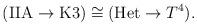
LaTeX: \begin{align*}({\rm IIA} \to {\rm K3}) \cong ({\rm Het} \to T^4).\end{align*}